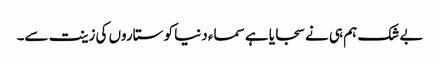
بے شک ہم ہی نے سجایا ہے سماء دنیا کو ستاروں کی زینت سے۔